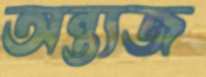
অন্ত্যজ